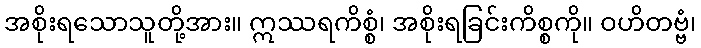
အစိုးရသောသူတို့အား။ ဣဿရကိစ္စံ၊ အစိုးရခြင်းကိစ္စကို။ ဝဟိတဗ္ဗံ၊